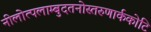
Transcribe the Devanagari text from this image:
नीलोत्पलाम्बुदतनोस्तरुणार्ककोटि